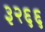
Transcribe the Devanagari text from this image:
३२६६